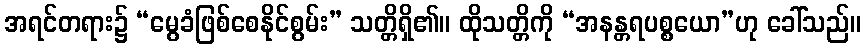
အရင်တရား၌ “မွေခံဖြစ်စေနိုင်စွမ်း” သတ္တိရှိ၏။ ထိုသတ္တိကို “အနန္တရပစ္စယော”ဟု ခေါ်သည်။